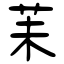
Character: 苿